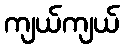
ကျယ်ကျယ်